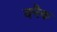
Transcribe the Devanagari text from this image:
क्नैक